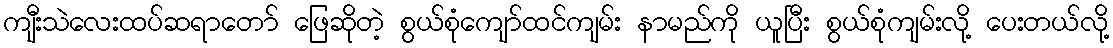
ကျီးသဲလေးထပ်ဆရာတော် ဖြေဆိုတဲ့ စွယ်စုံကျော်ထင်ကျမ်း နာမည်ကို ယူပြီး စွယ်စုံကျမ်းလို့ ပေးတယ်လို့